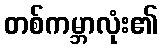
တစ်ကမ္ဘာလုံး၏